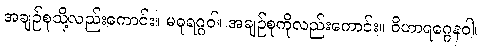
အချဉ်စုသို့လည်းကောင်း။ မဓုရဂ္ဂဝါ၊ အချဉ်စုကိုလည်းကောင်း။ ဝိဟာရဂ္ဂေနဝါ၊